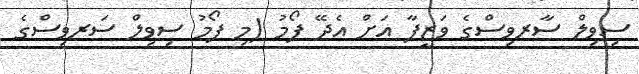
ސިވިލް ސާރވިސްގެ ވަޒީފާ އަށް އެދޭ ފޯމު (މި ފޯމު ސިވިލް ސަރވިސްގެ